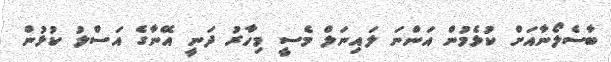
ބާސެލޯނާއަށް ކުޅެމުން އަންނަ ލައިނަލް މެސީ މިހާރު ދަނީ އޭނާގެ އަސްލު ކުޅުން